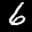
Label: 6